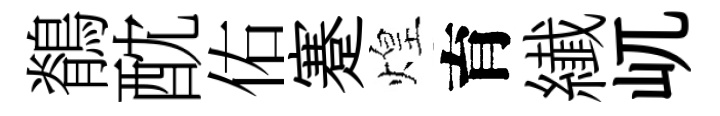
鶺酖佑蹇煌育纎屼